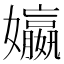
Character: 㜲